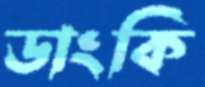
ডাংকি